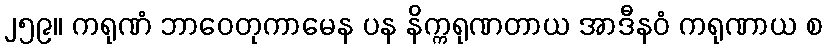
၂၅၉။ ကရုဏံ ဘာဝေတုကာမေန ပန နိက္ကရုဏတာယ အာဒီနဝံ ကရုဏာယ စ